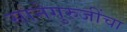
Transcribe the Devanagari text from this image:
सानेगुरुजींचा